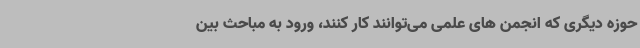
حوزه دیگری که انجمن های علمی می‌توانند کار کنند، ورود به مباحث بین